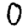
Digit: 0